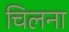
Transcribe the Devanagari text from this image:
चिलना